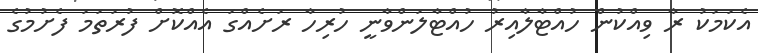
އެކަމަކު ރާ ވިއްކުން ހުއްޓާލާއިރު ހުއްޓާލަންވާނީ ހުރިހާ ރަށެއްގަ އެއްކޮށް ފުރަތަމަ ފެށުމުގެ